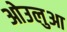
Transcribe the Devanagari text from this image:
ओउलुआ